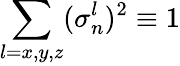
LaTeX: \sum_{l=x,y,z}(\sigma_{n}^{l})^{2}\equiv 1